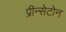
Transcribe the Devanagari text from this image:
प्रीन्सेटोन